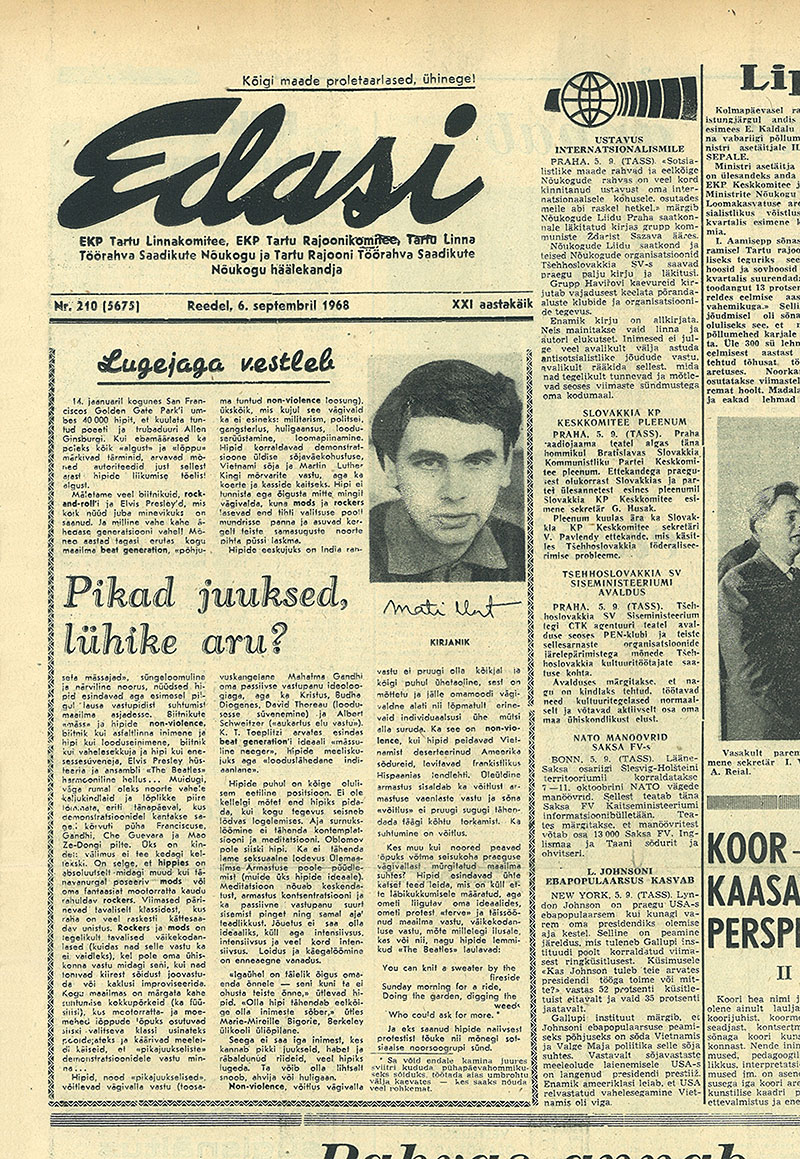
Language: et